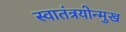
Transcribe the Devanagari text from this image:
स्वातंत्रयोन्मुख